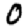
Digit: 0